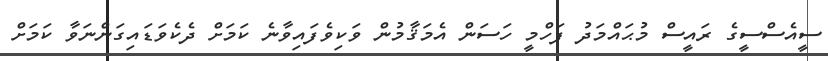
ސީއެސްސީގެ ރައީސް މުޙައްމަދު ފަހްމީ ހަސަން އެމަޤާމުން ވަކިވެފައިވާނެ ކަމަށް ދެކެވަޑައިގަންނަވާ ކަމަށް